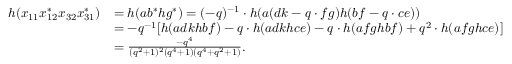
\begin{array} { r l } { h ( x _ { 1 1 } x _ { 1 2 } ^ { * } x _ { 3 2 } x _ { 3 1 } ^ { * } ) } & { = h ( a b ^ { * } h g ^ { * } ) = ( - q ) ^ { - 1 } \cdot h ( a ( d k - q \cdot f g ) h ( b f - q \cdot c e ) ) } \\ & { = - q ^ { - 1 } [ h ( a d k h b f ) - q \cdot h ( a d k h c e ) - q \cdot h ( a f g h b f ) + q ^ { 2 } \cdot h ( a f g h c e ) ] } \\ & { = \frac { - q ^ { 4 } } { ( q ^ { 2 } + 1 ) ^ { 2 } ( q ^ { 4 } + 1 ) ( q ^ { 4 } + q ^ { 2 } + 1 ) } . } \end{array}